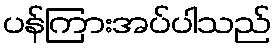
ပန်ကြားအပ်ပါသည်